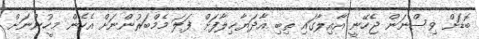
ބޮޑަށް ވިސްނަން ޖެހޭނީ އާއިލާގައި ތިބި އާދަޔާޚިލާފަށް ފަލަ މެމްބަރުންނަށް އެހެން މީހުންނަށް